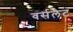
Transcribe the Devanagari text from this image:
वर्सलेट